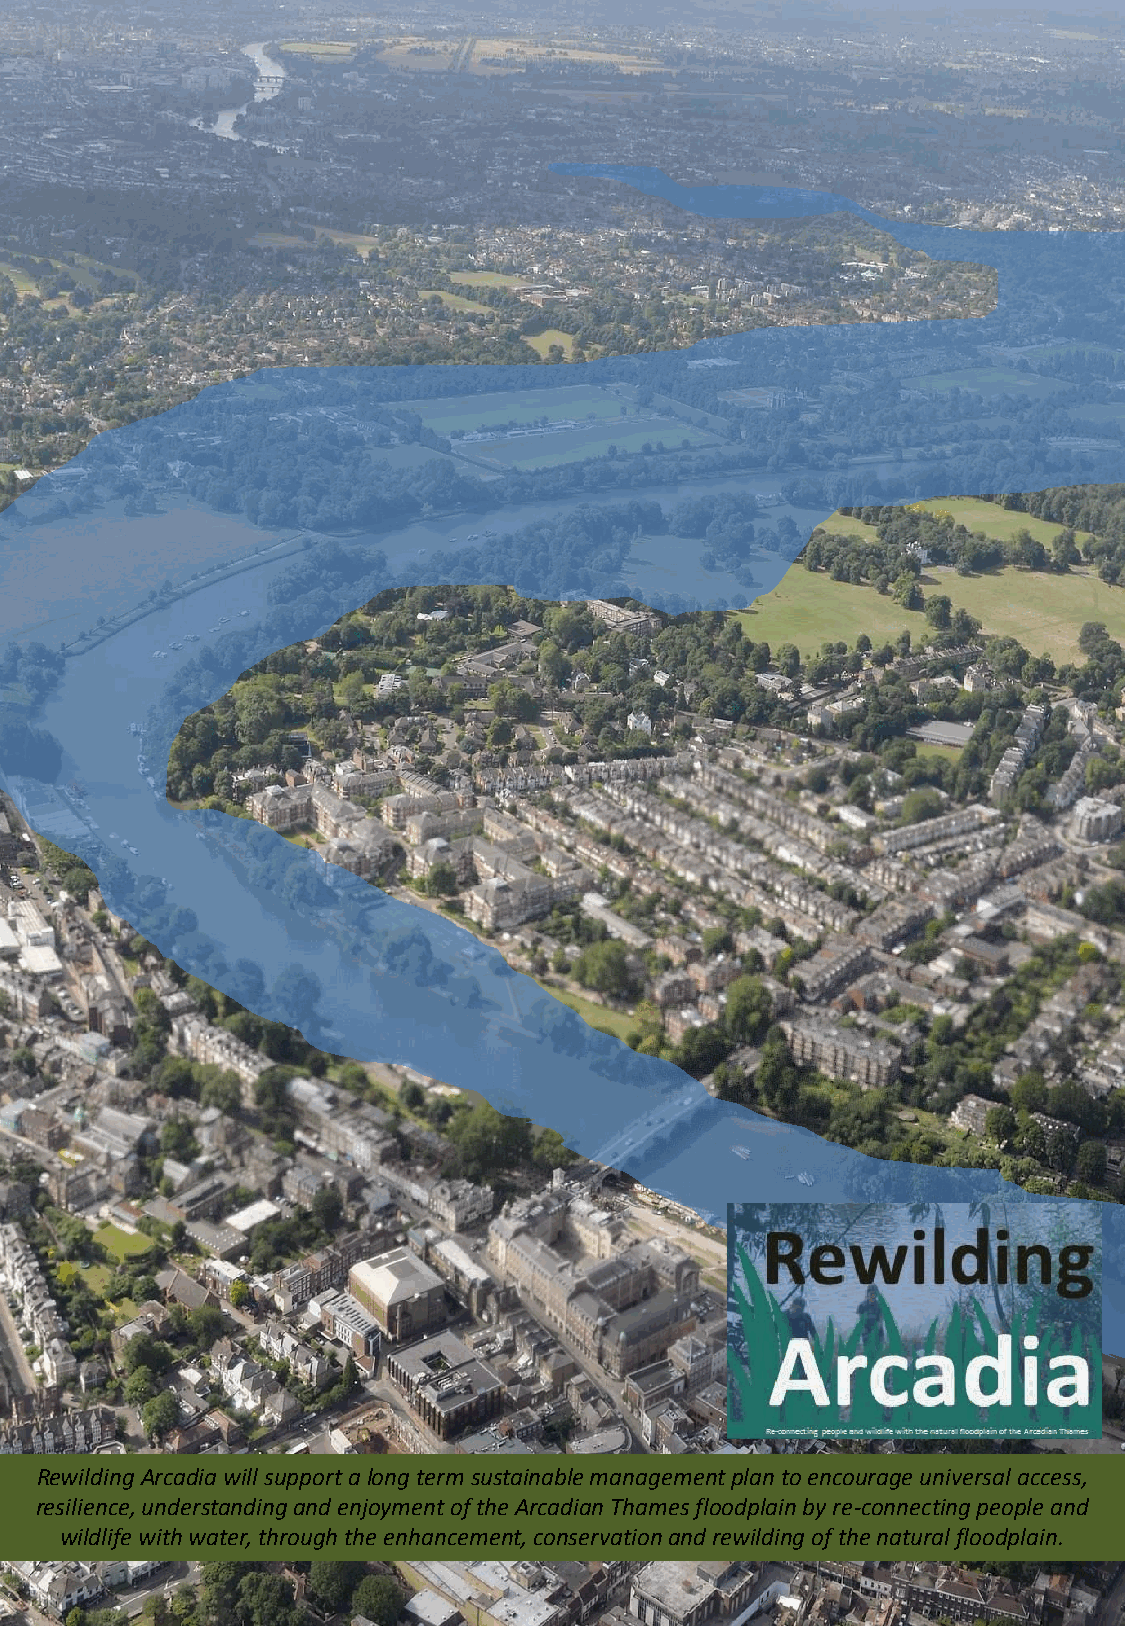
Rewilding Arcadia will support a long termsustainable management plan to encourage universal access,
 resilience, understanding and enjoyment of the Arcadian Thames floodplain by re-connecting people and
 wildlife with water, through the enhancement, conservation and rewilding of the natural floodplain.
 43